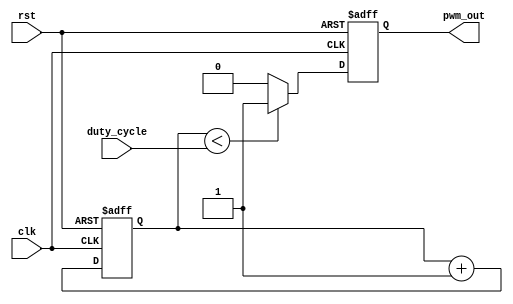
module pwm_timer(
    input wire clk,
    input wire rst,
    input wire duty_cycle,
    output reg pwm_out
);

parameter PWM_PERIOD = 8;    // Define the PWM period
reg [2:0] counter;           // Counter to track time intervals
reg pwm_state;               // State machine to control PWM signal

always @(posedge clk or posedge rst) begin
    if (rst) begin
        counter <= 3'b000;    // Reset counter at start of PWM period
        pwm_state <= 1'b0;    // Initialize state machine
        pwm_out <= 1'b0;      // Initialize output signal
    end else begin
        counter <= counter + 1;   // Increment counter every clock cycle
        
        // Comparator to compare counter value with desired duty cycle ratio
        if (counter < duty_cycle) begin
            pwm_out <= 1'b1;   // Switch output signal high
        end else begin
            pwm_out <= 1'b0;   // Switch output signal low
        end
        
        // State machine to control PWM signal generation
        case(pwm_state)
            1'b0: begin
                if (counter == PWM_PERIOD) begin
                    pwm_state <= 1'b1;    // Switch to next state
                end
            end
            1'b1: begin
                if (counter == 0) begin
                    pwm_state <= 1'b0;    // Switch back to initial state
                end
            end
        endcase
    end
end

endmodule